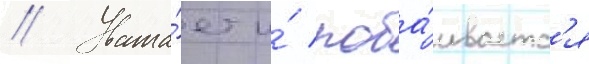
// Уважа́ет и́ поба́иваетс'я